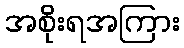
အစိုးရအကြား